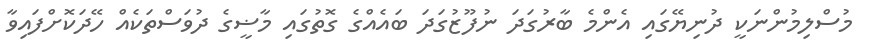
މުސްލިމުންނަކީ ދުނިޔޭގައި އެންމެ ބާރުގަދަ ނުފޫޒުގަދަ ބައެއްގެ ގޮތުގައި މާޟީގެ ދުވަސްތަކެއް ހޭދަކޮށްފައިވާ